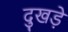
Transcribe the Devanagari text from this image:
दुखड़े